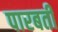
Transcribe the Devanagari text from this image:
पारबती